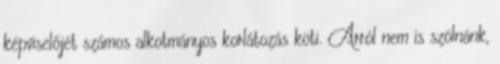
képviselőjét számos alkotmányos korlátozás köti. Arról nem is szólnánk,